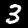
Label: 3